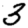
Digit: 3